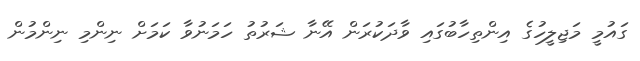
ގައުމީ މަޖިލީހުގެ އިންތިހާބުގައި ވާދަކުރަން އޭނާ ޝަރުތު ހަމަނުވާ ކަމަށް ނިންމި ނިންމުން